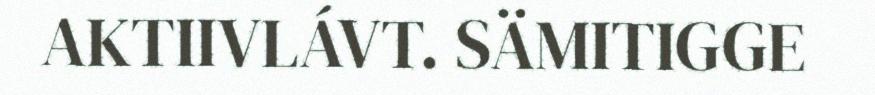
AKTIIVLÁVT. SÄMITIGGE